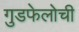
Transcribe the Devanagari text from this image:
गुडफेलोची